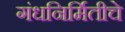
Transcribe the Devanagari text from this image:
गंधनिर्मितीचे